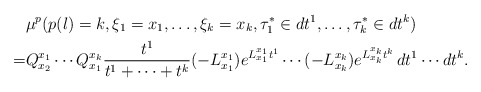
\begin{align*}&\mu^p(p(l)=k, \xi_1=x_1, \ldots, \xi_k=x_k, \tau_1^{*}\in dt^1, \ldots , \tau_k^{*}\in dt^k)\\=&Q_{x_2}^{x_1}\cdots Q_{x_1}^{x_k} \frac{t^1}{t^1+\cdots+t^k}(-L^{x_1}_{x_1})e^{L_{x_1}^{x_1}t^1}\cdots (-L^{x_k}_{x_k}) e^{L_{x_k}^{x_k}t^k} \,dt^1\cdots dt^k.\end{align*}